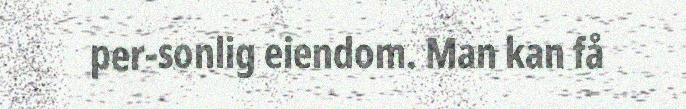
per-sonlig eiendom. Man kan få